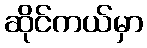
ဆိုင်ကယ်မှာ